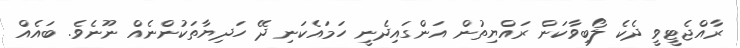
ރާއްޖެޓީވީ ދެކެ ލޯބިވާކަން ރައްޔިތުން އަންގައިދެނީ ހަމައެކަނި ދޭ ހަދިޔާތަކުންނެއް ނޫނެވެ. ބައެއް